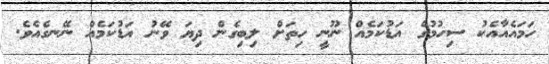
ހަމައެއާއެކު ސިހުމުގެ އަޑުކަމެއް ނޫނީ ހިތަށް ލިބިގެން ދިޔަ ވޭނު އަޑުކަމެއް ނޭނގެއެވެ.